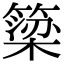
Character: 簗